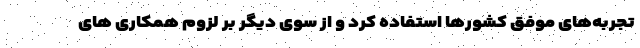
تجربه‌های موفق کشورها استفاده کرد و از سوی دیگر بر لزوم همکاری های